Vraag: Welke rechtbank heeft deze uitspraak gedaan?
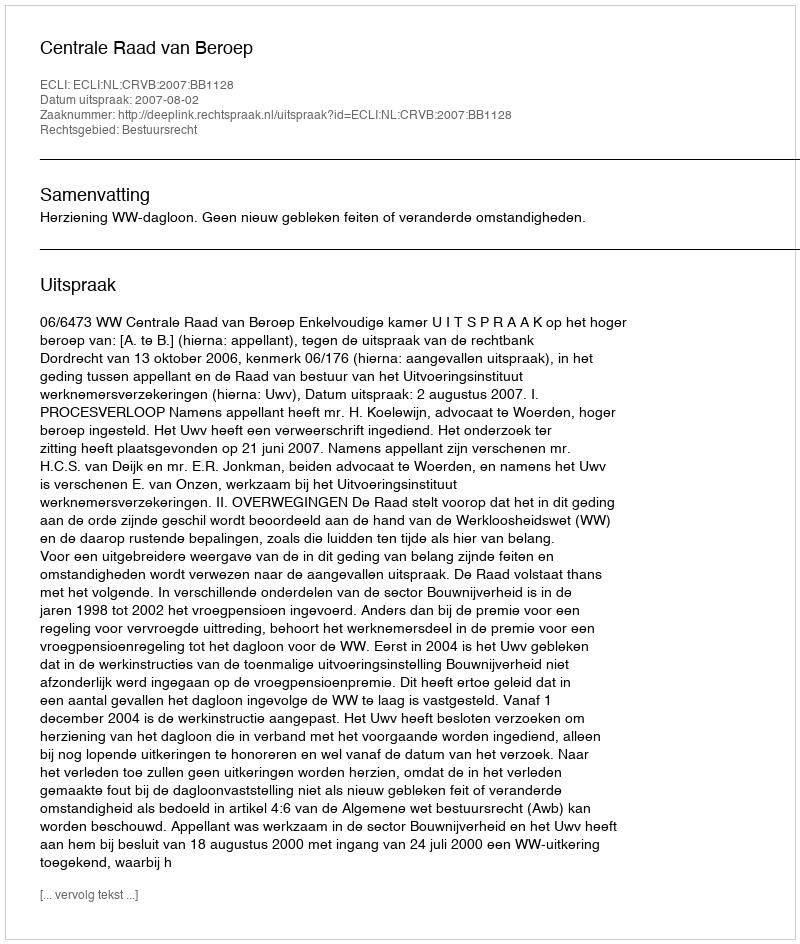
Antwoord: Centrale Raad van Beroep